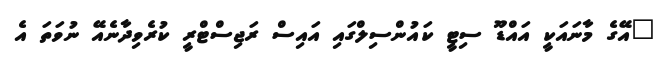
"އޭގެ މާނައަކީ އައްޑޫ ސިޓީ ކައުންސިލްގައި އައިސް ރަޖިސްޓްރީ ކުރެވިދާނެއޭ ނުވަތަ އެ